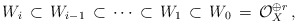
\begin{align*}W_i\, \subset\, W_{i-1} \, \subset\, \cdots \, \subset\,W_{1} \, \subset\, W_0\,=\, {\mathcal O}^{\oplus r}_X\, ,\end{align*}